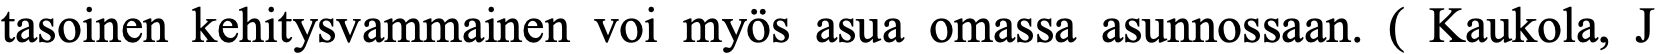
tasoinen kehitysvammainen voi myös asua omassa asunnossaan. ( Kaukola, J